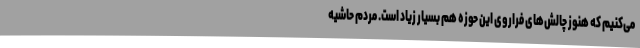
می‌کنیم که هنوز چالش‌های فراروی این حوزه هم بسیار زیاد است. مردم حاشیه